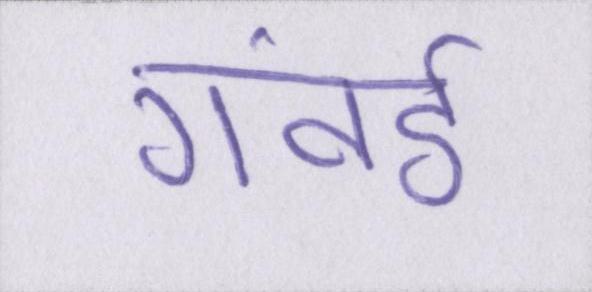
गंवई